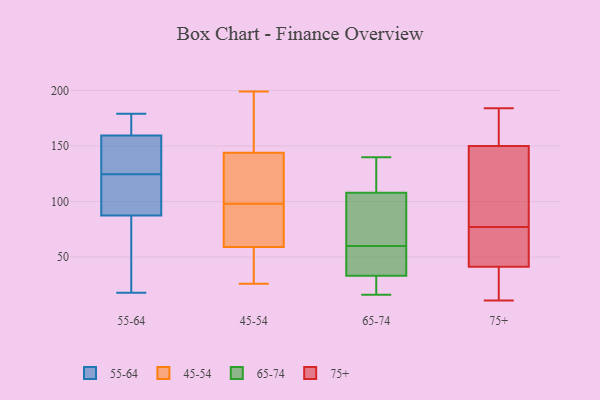
{"axis": {"x": "Tickets Resolved", "y": "Value"}, "legend": ["45-54", "55-64", "65-74", "75+"], "data": [{"x": "", "y": 119, "type": "55-64"}, {"x": "", "y": 104, "type": "55-64"}, {"x": "", "y": 76, "type": "55-64"}, {"x": "", "y": 143, "type": "55-64"}, {"x": "", "y": 18, "type": "55-64"}, {"x": "", "y": 99, "type": "55-64"}, {"x": "", "y": 174, "type": "55-64"}, {"x": "", "y": 177, "type": "55-64"}, {"x": "", "y": 117, "type": "55-64"}, {"x": "", "y": 130, "type": "55-64"}, {"x": "", "y": 68, "type": "55-64"}, {"x": "", "y": 146, "type": "55-64"}, {"x": "", "y": 130, "type": "55-64"}, {"x": "", "y": 56, "type": "55-64"}, {"x": "", "y": 151, "type": "55-64"}, {"x": "", "y": 179, "type": "55-64"}, {"x": "", "y": 168, "type": "55-64"}, {"x": "", "y": 63, "type": "55-64"}, {"x": "", "y": 110, "type": "55-64"}, {"x": "", "y": 175, "type": "55-64"}, {"x": "", "y": 141, "type": "45-54"}, {"x": "", "y": 55, "type": "45-54"}, {"x": "", "y": 134, "type": "45-54"}, {"x": "", "y": 65, "type": "45-54"}, {"x": "", "y": 145, "type": "45-54"}, {"x": "", "y": 28, "type": "45-54"}, {"x": "", "y": 29, "type": "45-54"}, {"x": "", "y": 138, "type": "45-54"}, {"x": "", "y": 65, "type": "45-54"}, {"x": "", "y": 199, "type": "45-54"}, {"x": "", "y": 186, "type": "45-54"}, {"x": "", "y": 168, "type": "45-54"}, {"x": "", "y": 195, "type": "45-54"}, {"x": "", "y": 95, "type": "45-54"}, {"x": "", "y": 85, "type": "45-54"}, {"x": "", "y": 26, "type": "45-54"}, {"x": "", "y": 57, "type": "45-54"}, {"x": "", "y": 98, "type": "45-54"}, {"x": "", "y": 107, "type": "45-54"}, {"x": "", "y": 83, "type": "65-74"}, {"x": "", "y": 53, "type": "65-74"}, {"x": "", "y": 128, "type": "65-74"}, {"x": "", "y": 140, "type": "65-74"}, {"x": "", "y": 35, "type": "65-74"}, {"x": "", "y": 56, "type": "65-74"}, {"x": "", "y": 16, "type": "65-74"}, {"x": "", "y": 17, "type": "65-74"}, {"x": "", "y": 28, "type": "65-74"}, {"x": "", "y": 106, "type": "65-74"}, {"x": "", "y": 114, "type": "65-74"}, {"x": "", "y": 95, "type": "65-74"}, {"x": "", "y": 60, "type": "65-74"}, {"x": "", "y": 181, "type": "75+"}, {"x": "", "y": 41, "type": "75+"}, {"x": "", "y": 43, "type": "75+"}, {"x": "", "y": 63, "type": "75+"}, {"x": "", "y": 123, "type": "75+"}, {"x": "", "y": 150, "type": "75+"}, {"x": "", "y": 106, "type": "75+"}, {"x": "", "y": 28, "type": "75+"}, {"x": "", "y": 42, "type": "75+"}, {"x": "", "y": 150, "type": "75+"}, {"x": "", "y": 34, "type": "75+"}, {"x": "", "y": 159, "type": "75+"}, {"x": "", "y": 77, "type": "75+"}, {"x": "", "y": 53, "type": "75+"}, {"x": "", "y": 184, "type": "75+"}, {"x": "", "y": 30, "type": "75+"}, {"x": "", "y": 11, "type": "75+"}, {"x": "", "y": 169, "type": "75+"}, {"x": "", "y": 88, "type": "75+"}]}